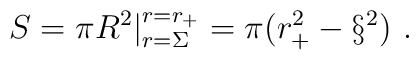
S= \pi R^2 | ^{r=r_+}_{r=\Sigma } = \pi (r_+^2 - \S^2)\ .